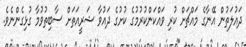
ދައުލަތުން އޭނާގެ މައްޗަށް ކުރި ވައްކަންކުރުމުގެ ކުށުގެ ދައުވާ ޝަރީއަތަށް ސާބިތުވުމާ ގުޅިގެންނެވެ.